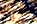
غفرت